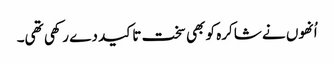
اُنھوں نے شاکرہ کو بھی سخت تاکید دے رکھی تھی۔